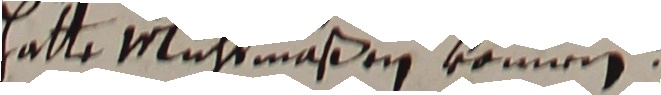
hatte wluchtmaßen könmen.